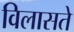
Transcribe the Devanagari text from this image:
विलासते